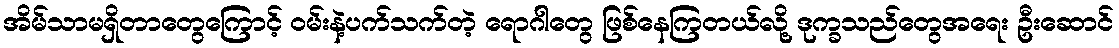
အိမ်သာမရှိတာတွေကြောင့် ဝမ်းနဲ့ပက်သက်တဲ့ ရောဂါတွေ ဖြစ်နေကြတယ်လို့ ဒုက္ခသည်တွေအရေး ဦးဆောင်